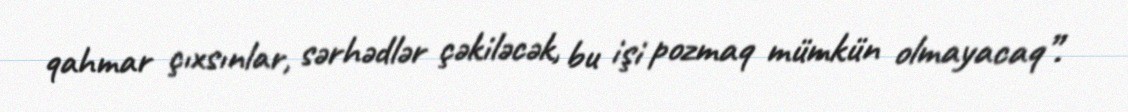
qahmar çıxsınlar, sərhədlər çəkiləcək, bu işi pozmaq mümkün olmayacaq”.